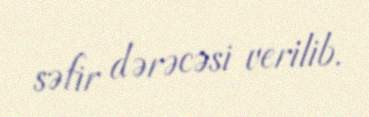
səfir dərəcəsi verilib.